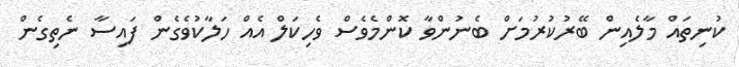
ކުނިތައް މާލެއިން ބޭރުކުރުމަށް ބެނުންވާ ކޮންމެވެސް ވެހިކަލް އެއް ހަލާކުވެގެން ފައިސާ ނެތިގެން